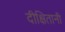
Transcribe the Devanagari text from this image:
दीक्षितानी